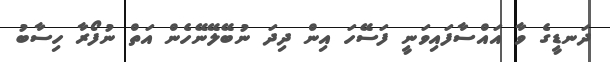
ދަނޑީގެ ވާ އައްސާފައިވަނީ ފަސޭހަ އިން ދިދަ ނުބޭލޭނޭހެން އަތް ނުފޯރާ ހިސާބު